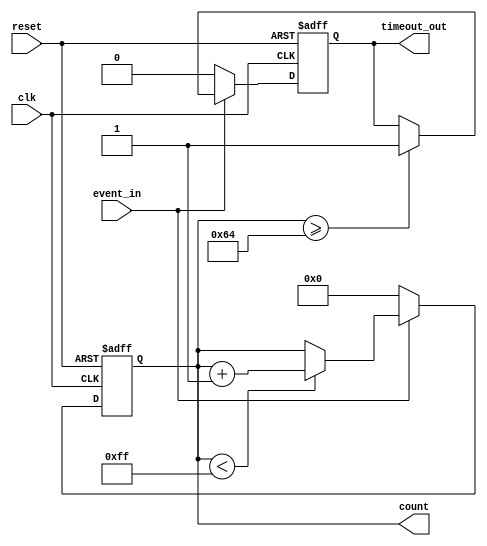
module timeout_counter #(
    parameter COUNTER_WIDTH = 8,    // Width of the counter (in bits)
    parameter TIMEOUT_THRESHOLD = 100 // Time-out threshold (in clock cycles)
)(
    input wire clk,                  // Clock signal
    input wire reset,                // Reset signal
    input wire event_in,             // Event signal
    output reg [COUNTER_WIDTH-1:0] count, // Current counter value
    output reg timeout_out           // Time-out signal
);

    // Internal signal to hold the count value
    always @(posedge clk or posedge reset) begin
        if (reset) begin
            // Reset the counter and timeout signal
            count <= 0;
            timeout_out <= 0;
        end else begin
            if (event_in) begin
                // Increment the count if the event is active
                if (count < (1 << COUNTER_WIDTH) - 1)
                    count <= count + 1;

                // Check for time-out condition
                if (count >= TIMEOUT_THRESHOLD) begin
                    timeout_out <= 1; // Assert time-out signal
                end
            end else begin
                // Reset count if the event is inactive
                count <= 0;
                timeout_out <= 0; // Deassert time-out signal
            end
        end
    end
    
endmodule